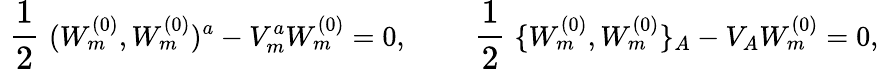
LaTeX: \mathrm{\large~\frac{1}{2}~}(W_{m}^{(0)},W_{m}^{(0)})^{a}-V_{m}^{a}W_{m}^{(0)}=0,\qquad\mathrm{\large~\frac{1}{2}~}\{ W_{m}^{(0)},W_{m}^{(0)}\} _{A}-V_{A}W_{m}^{(0)}=0,